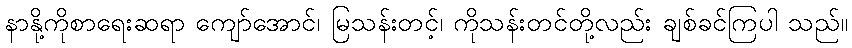
နာနို့ကိုစာရေးဆရာ ကျော်အောင်၊ မြသန်းတင့်၊ ကိုသန်းတင်တို့လည်း ချစ်ခင်ကြပါ သည်။